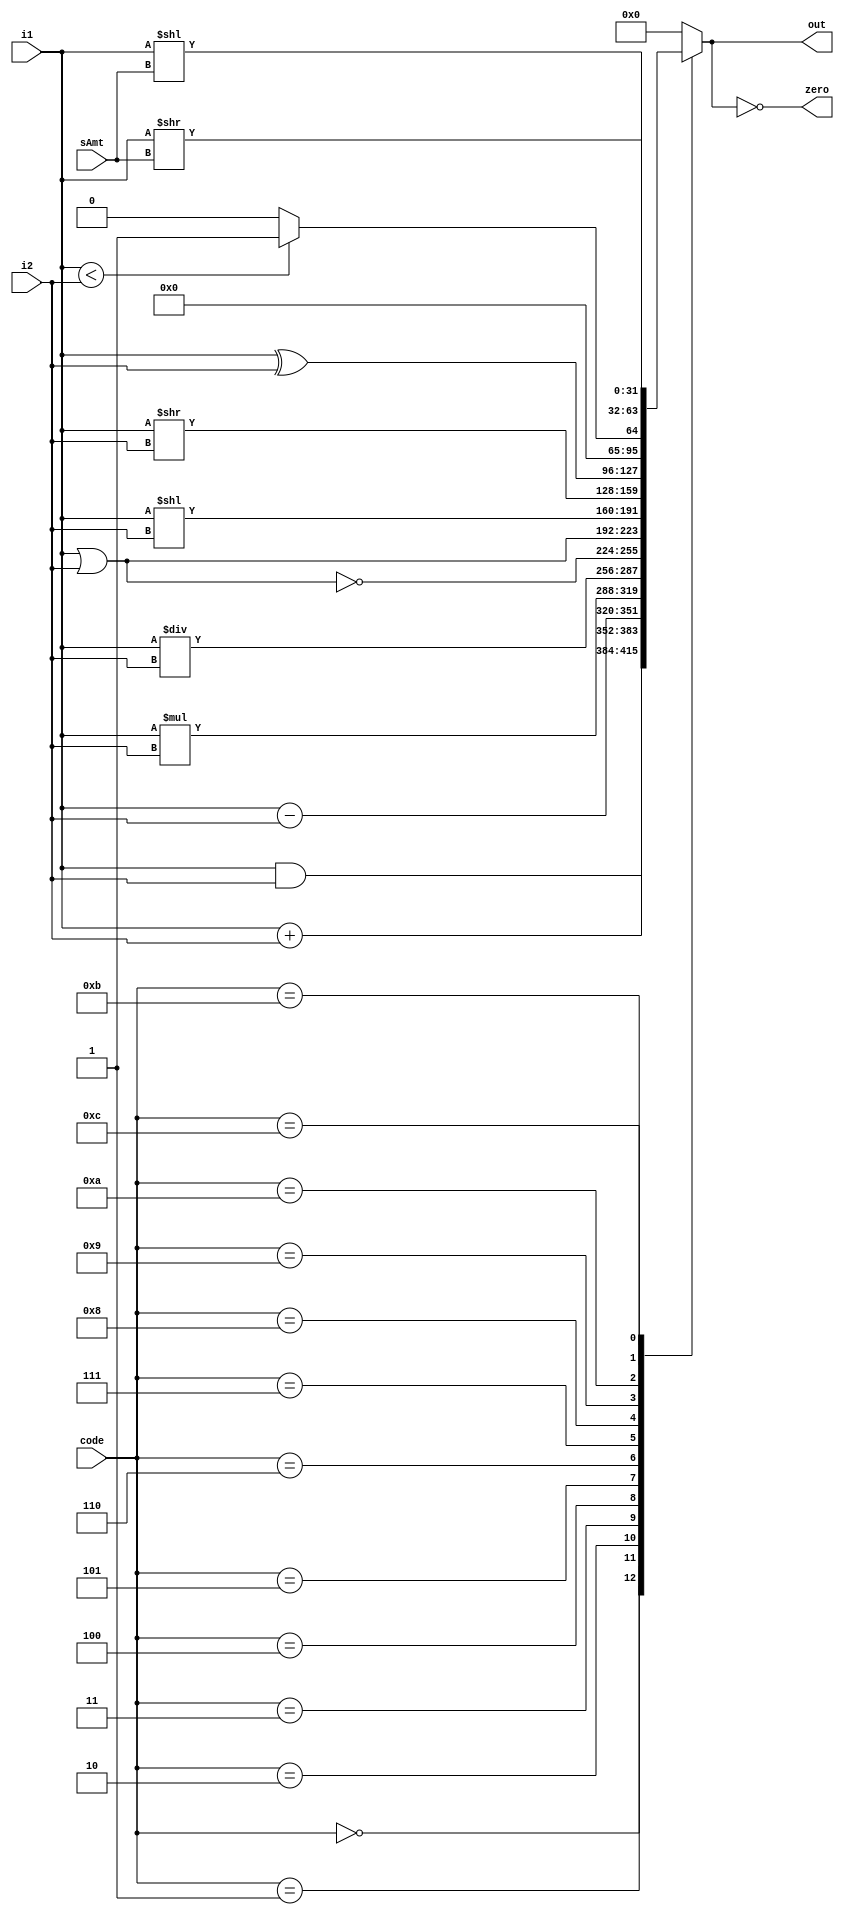
module ALU (input [3:0] code, 
			input [31:0] i1, i2,
			input [4:0] sAmt, 
			output reg [31:0] out,
			output zero);
	 

	always @(code, i1, i2) begin
		case (code)
			0: out = i1 & i2;
			1: out = i1 + i2;
			2: out = i1 - i2;
			3: out = i1 * i2;
			4: out = i1 / i2;
			5: out = ~(i1 | i2);
			6: out = i1 | i2;
			7: out = i1 << i2;
			8: out = i1 >> i2;
			9: out = i1 ^ i2;
			10: out = (i1 < i2) ? 1 : 0; 
			11: out = i1 << sAmt;
			12: out = i1 >> sAmt;
			default: out = 0;
		endcase
	end

	assign zero = (out == 0);
	
endmodule